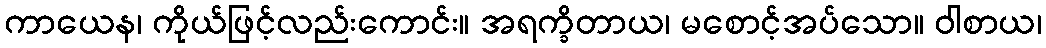
ကာယေန၊ ကိုယ်ဖြင့်လည်းကောင်း။ အရက္ခိတာယ၊ မစောင့်အပ်သော။ ဝါစာယ၊